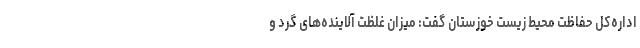
اداره‌کل حفاظت محیط زیست خوزستان گفت: میزان غلظت آلاینده‌های گرد و